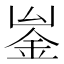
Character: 𨥣